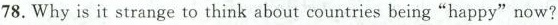
78. Why is it strange to think about countries being“happy"now?